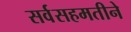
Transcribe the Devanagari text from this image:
सर्वसहमतीने